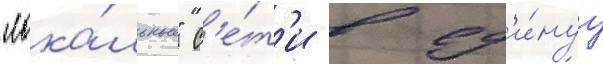
"лока́льные" с'е́т'и в ед'и́нуу